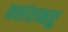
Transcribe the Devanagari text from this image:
वसंतऋतु